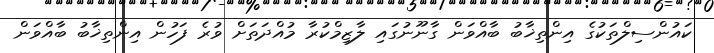
ކައުންސިލްތަކުގެ އިންތިޚާބު ބާއްވަން ގާނޫނުގައި ލާޒިމްކުރާ މުއްދަތަށް ވުރެ ފަހުން އިންތިޚާބު ބާއްވަން